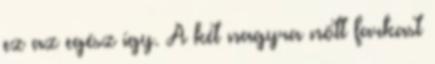
ez az egész így. A két nagyra nőtt farkast